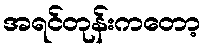
အရင်တုန်းကတော့